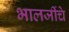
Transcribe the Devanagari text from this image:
भालजींचे